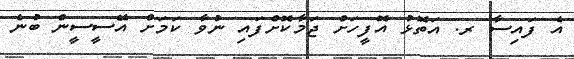
އެ ފައިސާ ރ. އަތޮޅު އޮފީހަށް ޖަމާކޮށްފައި ނުވާ ކަމަށް އޭސީސީން ބުނެ